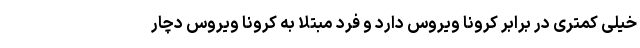
خیلی کمتری در برابر کرونا ویروس دارد و فرد مبتلا به کرونا ویروس دچار